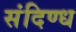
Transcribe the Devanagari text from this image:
संदिण्ध